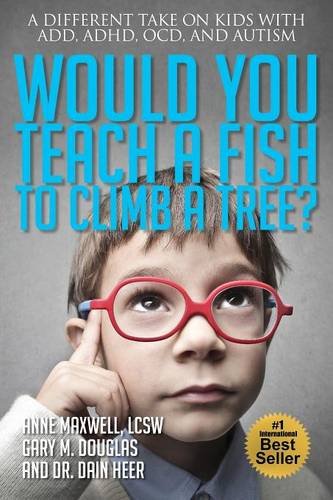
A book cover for Would You Teach a Fish to Climb a Tree?; Anne Maxwell; Health, Fitness & Dieting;